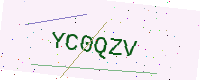
Text: YC0QZV